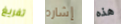
تفريغ إشاره هذه